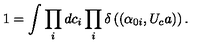
1 = \int \prod _ { i } d c _ { i } \prod _ { i } \delta \left( ( \alpha _ { 0 i } , U _ { c } a ) \right) .